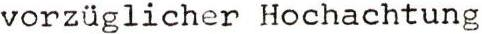
vorzüglicher Hochachtung